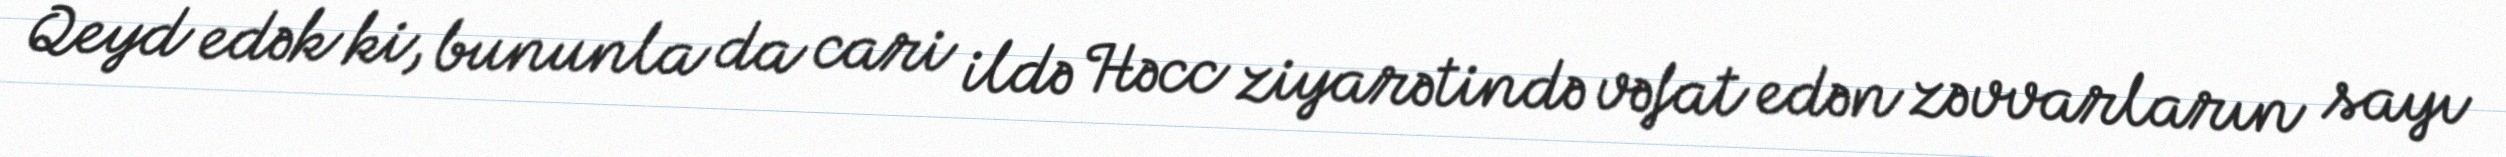
Qeyd edək ki, bununla da cari ildə Həcc ziyarətində vəfat edən zəvvarların sayı